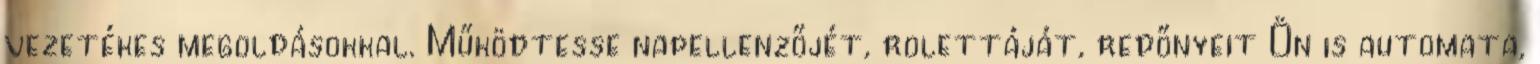
vezetékes megoldásokkal. Működtesse napellenzőjét, rolettáját, redőnyeit Ön is automata,